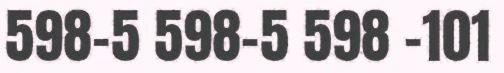
598-5 598-5 598 -101